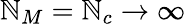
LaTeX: \mathbb{N}_{M}=\mathbb{N}_{c}\rightarrow\infty